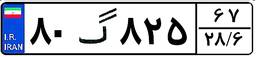
۴۱گ۶۷۳۳۳